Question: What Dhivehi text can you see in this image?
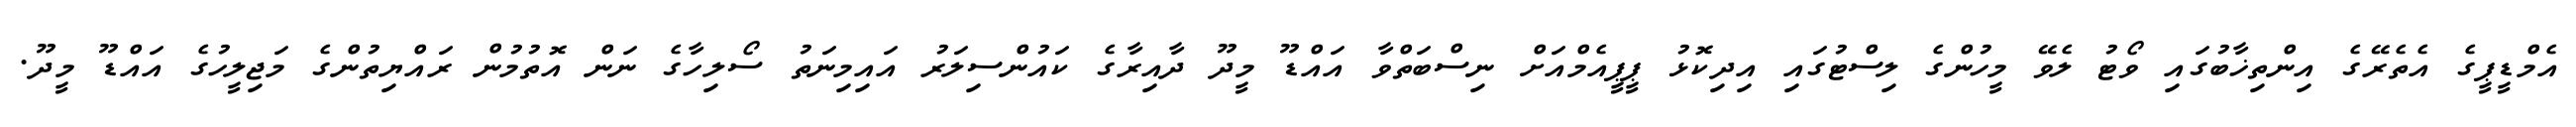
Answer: އެމްޑީޕީގެ އެތެރޭގެ އިންތިޚާބުގައި ވޯޓު ލެވޭ މީހުންގެ ލިސްޓުގައި އިދިކޮޅު ޕީޕީއެމްއަށް ނިސްބަތްވާ އައްޑޫ މީދޫ ދާއިރާގެ ކައުންސިލަރު އައިމިނަތު ސޯލިހާގެ ނަން އޮތުމުން ރައްޔިތުންގެ މަޖިލީހުގެ އައްޑޫ މީދޫ.